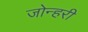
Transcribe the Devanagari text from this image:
जोन्हरी